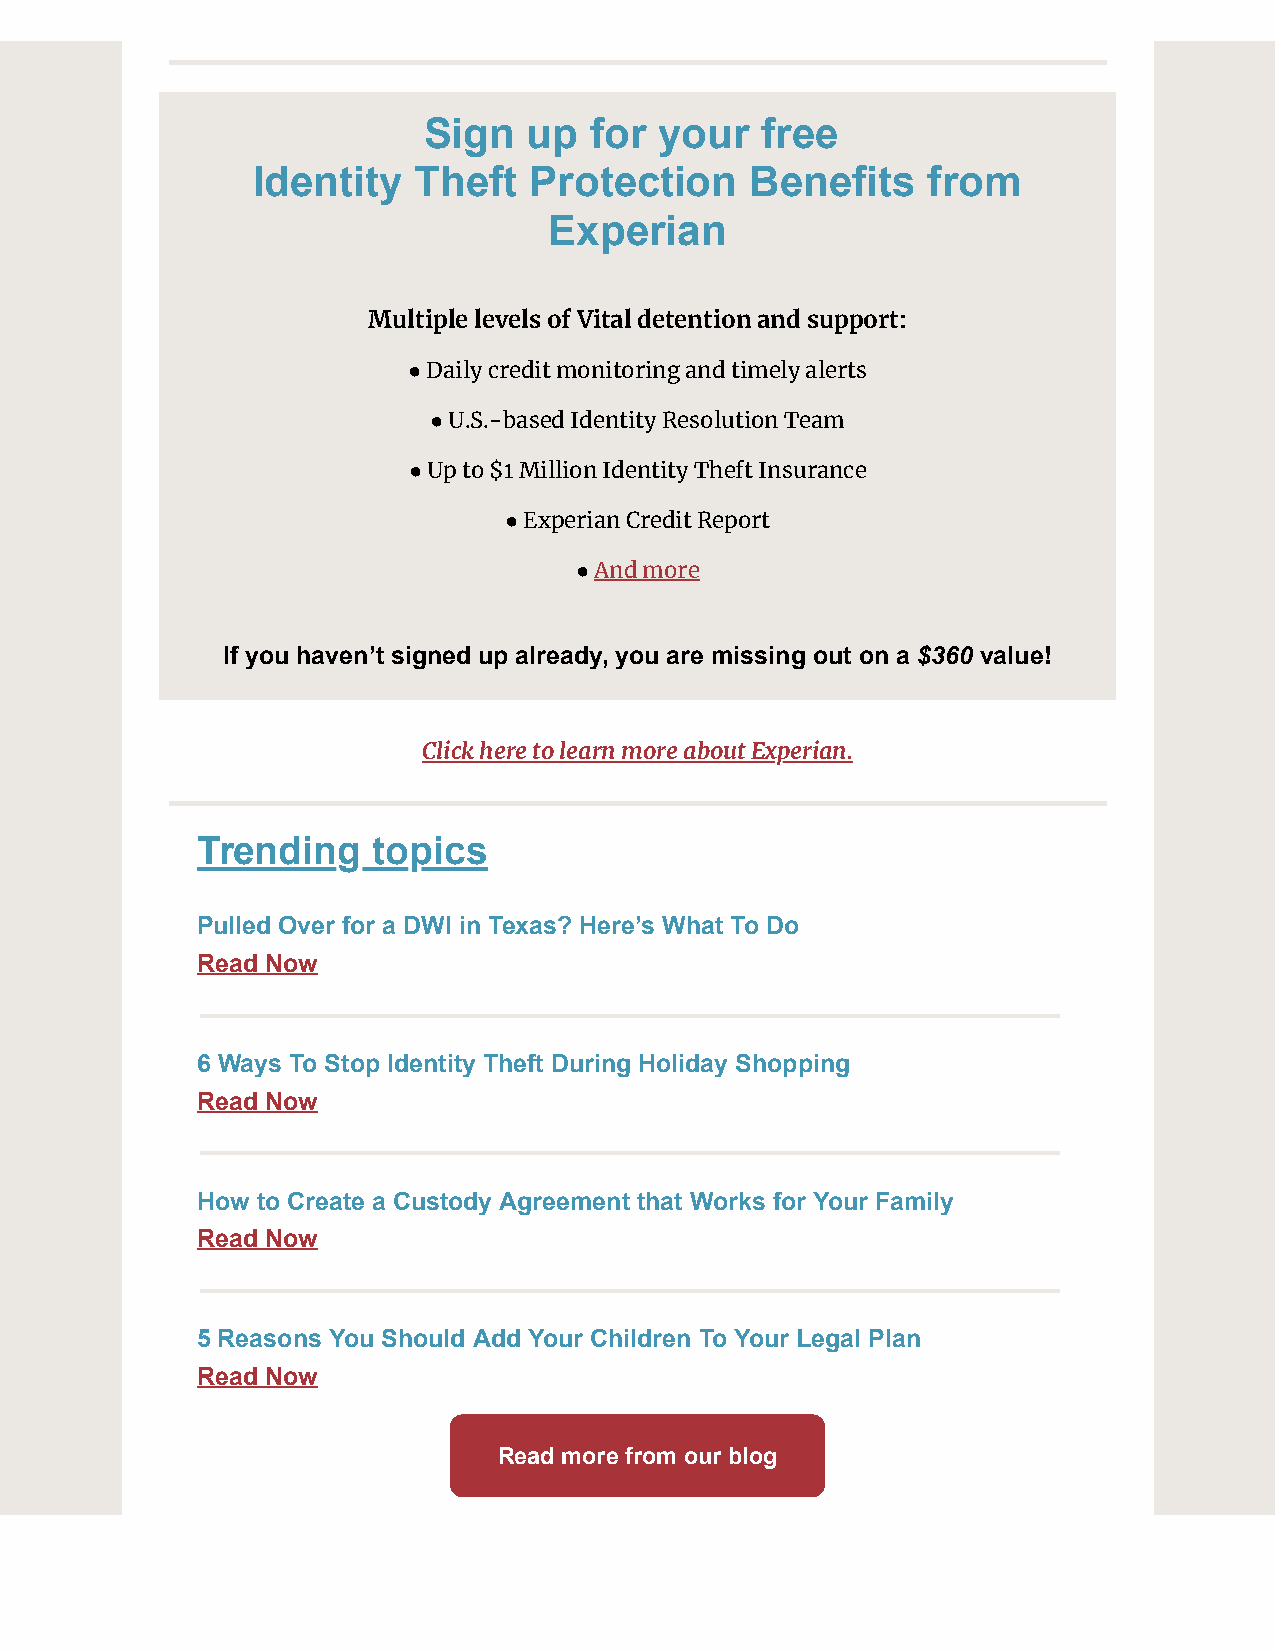
Sign   up  for  your  free
 Identity  Theft   Protection     Benefits   from
 Experian
 Multiple levels of Vital detention and support:
 ● Daily credit monitoring and timely alerts
 ● U.S.-based Identity Resolution Team
 ● Up to $1 Million Identity Theft Insurance
 ● Experian Credit Report
 ● And more
 If you haven’t signed up already, you are missing out on a $360 value!
 Click here to learn more about Experian.
 Trending    topics
 Pulled Over for a DWI in Texas? Here’s What To Do
 Read Now
 6 Ways To Stop Identity Theft During Holiday Shopping
 Read Now
 How to Create a Custody Agreement that Works for Your Family
 Read Now
 5 Reasons You Should Add Your Children To Your Legal Plan
 Read Now
 Read more from our blog